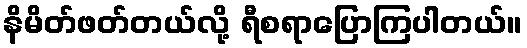
နိမိတ်ဖတ်တယ်လို့ ရီစရာပြောကြပါတယ်။